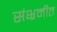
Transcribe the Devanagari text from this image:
संभ्रमीत